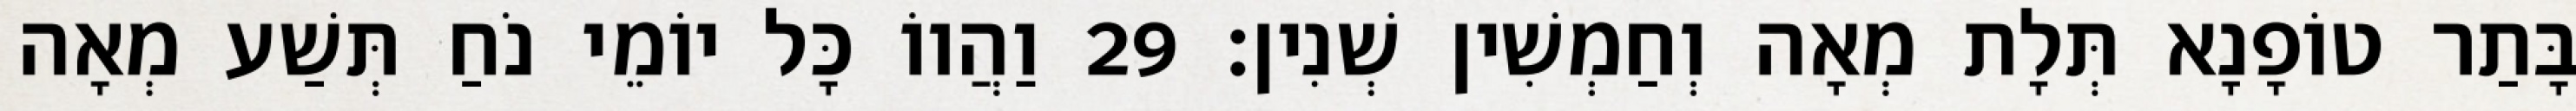
בָּתַר טוֹפָנָא תְּלָת מְאָה וְחַמְשִׁין שְׁנִין׃ 29 וַהֲווֹ כָּל יוֹמֵי נֹחַ תְּשַׁע מְאָה